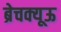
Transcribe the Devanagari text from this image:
ब्रेचक्यूऊ